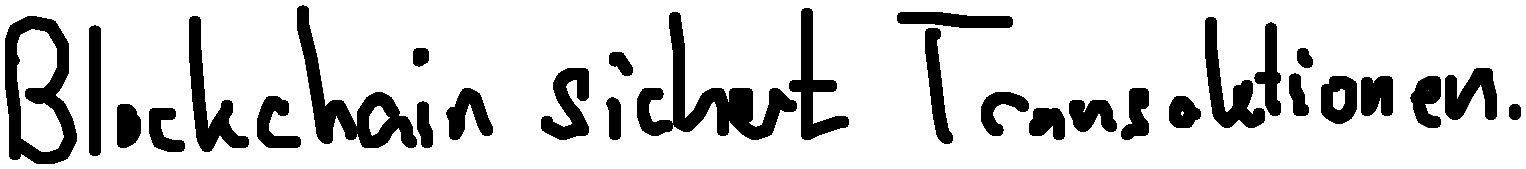
Blockchain sichert Transaktionen.